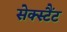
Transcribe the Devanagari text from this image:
सेक्स्टैंट